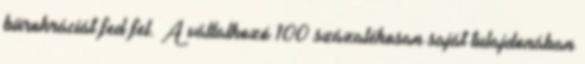
bürokráciát fed fel. A vállalkozó 100 százalékosan saját tulajdonában